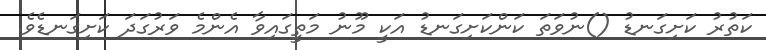
ކަތުރު ކަށިގަނޑު ()ނުވަތަ ކަންކަށިގަނޑު އަކީ މޫނު މަތީގައިވާ އެންމެ ވަރުގަދަ ކަށިގަނޑެވެ.